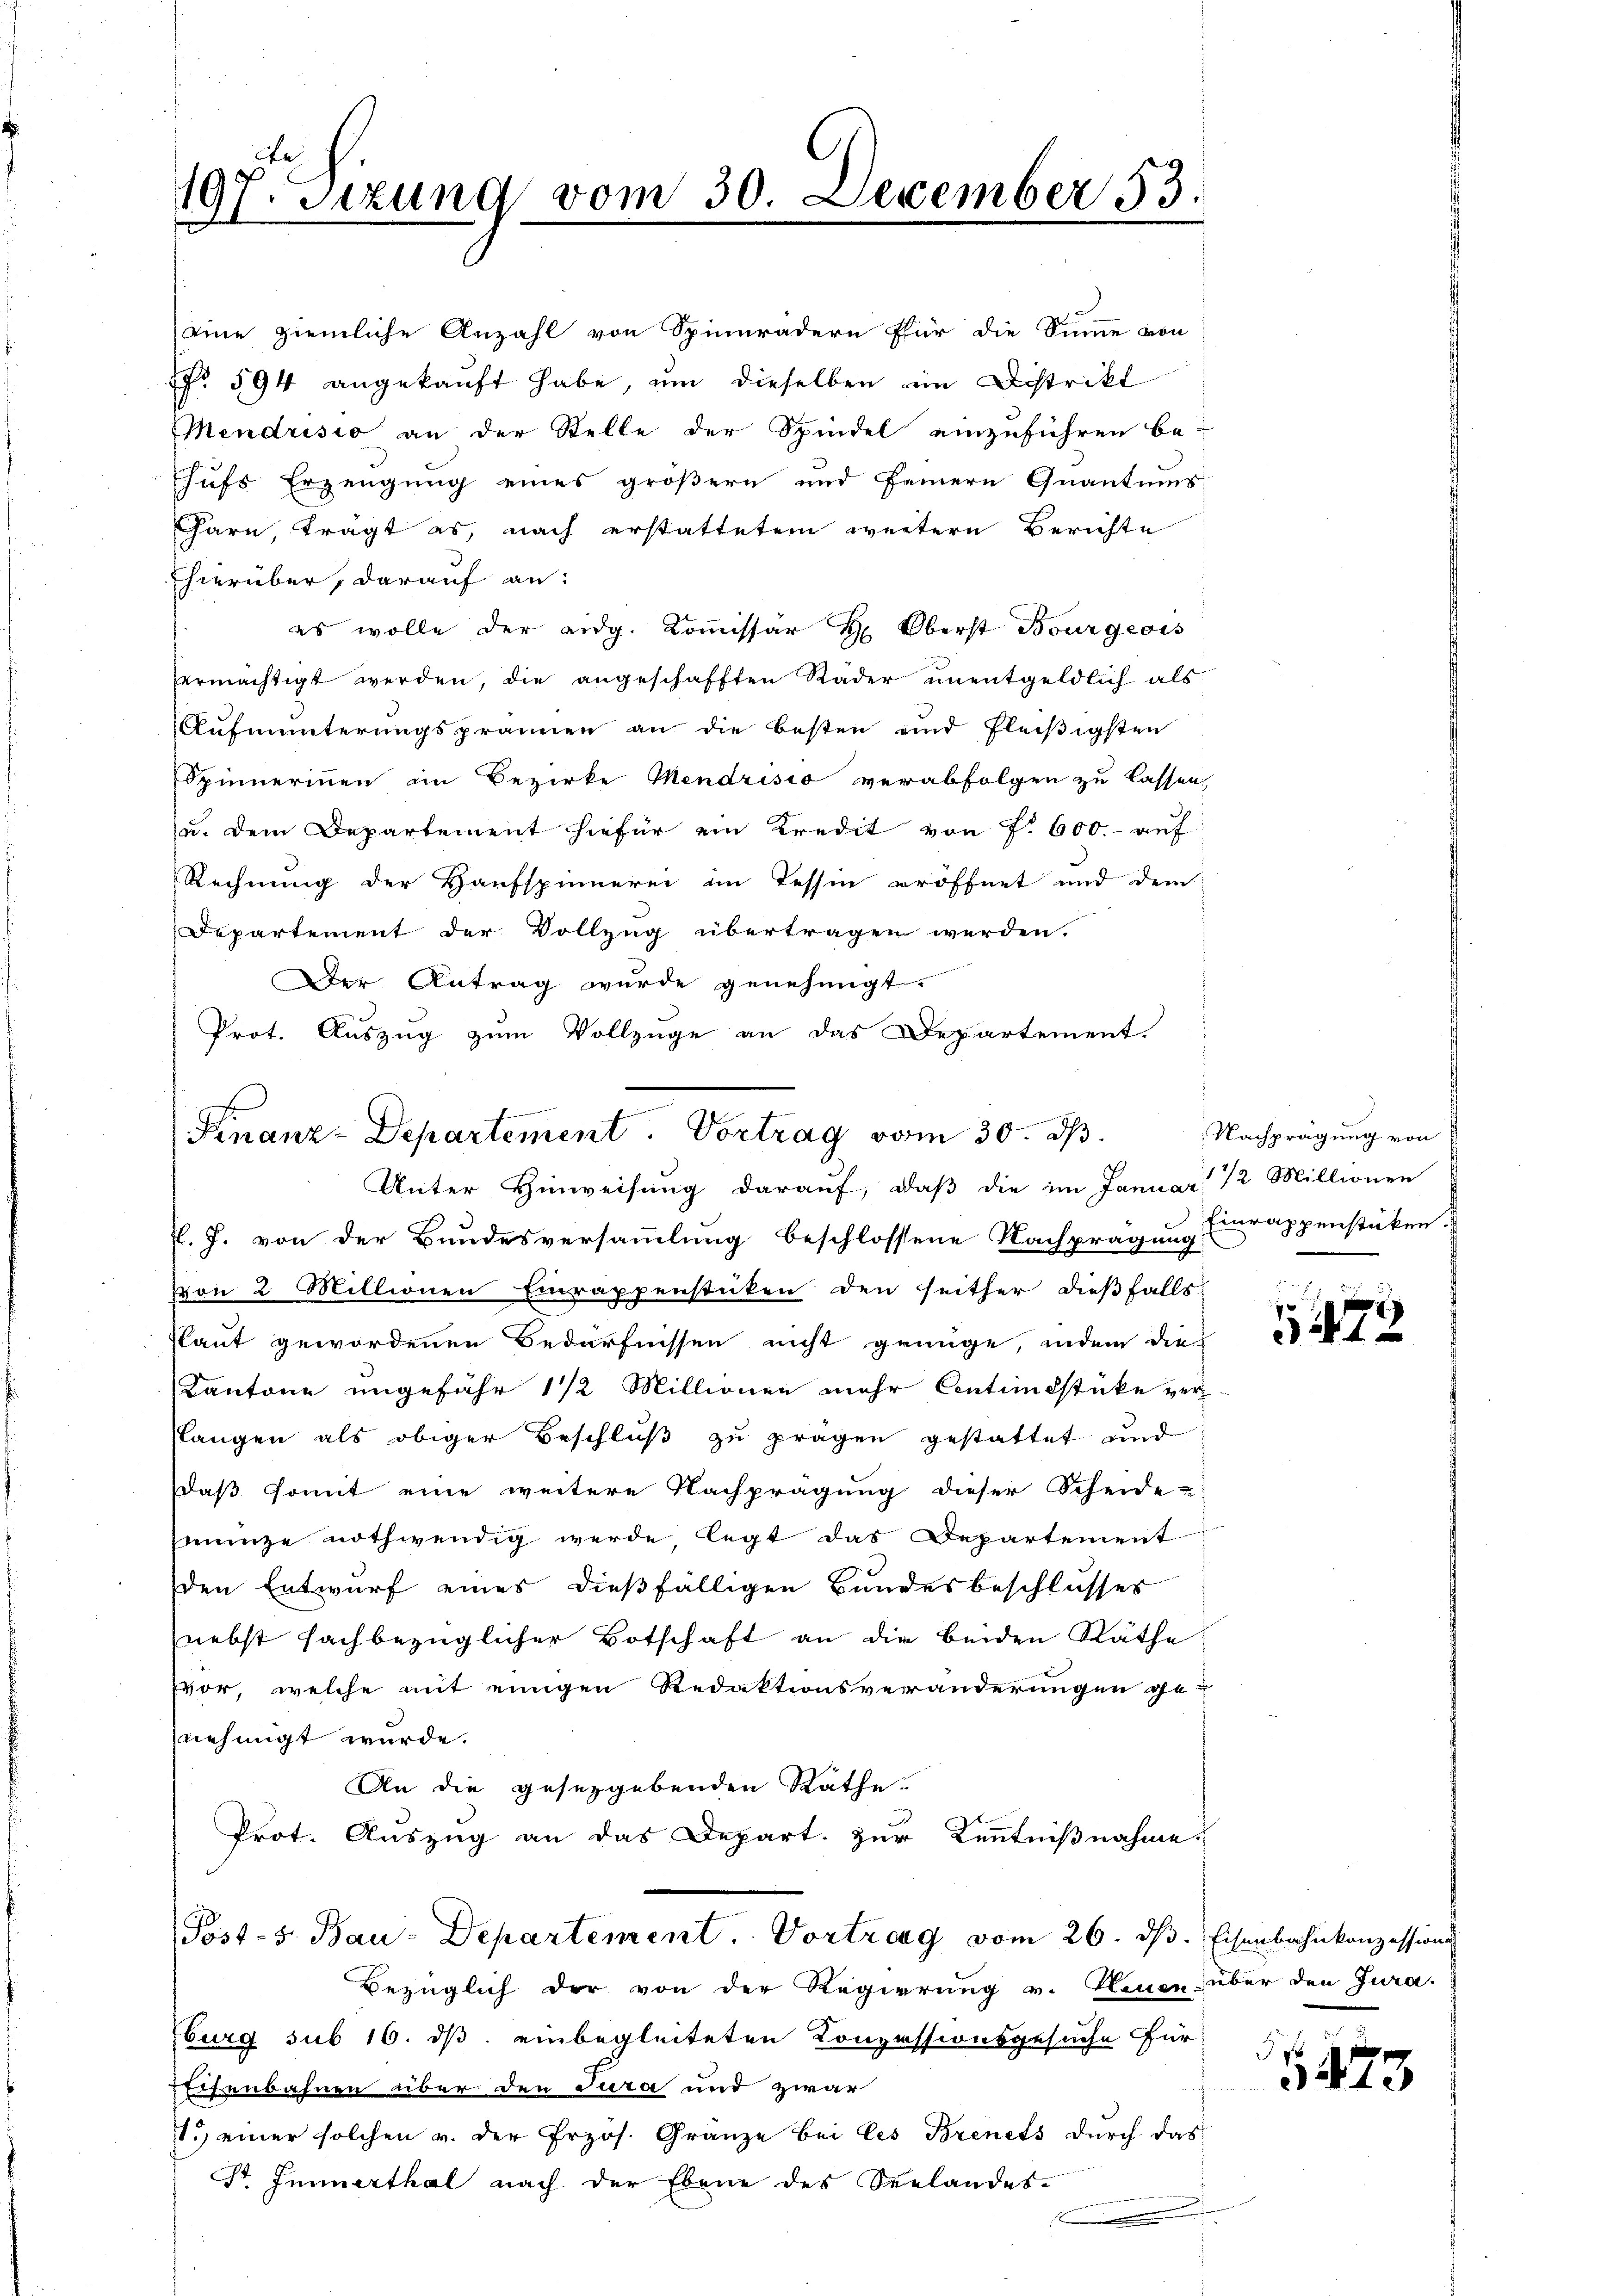
197. Sizung vom 30. December 53.

eine ziemliche Anzahl von Spinnrädern für die Sinne von
No 594 angekauft habe, um dieselben im Distrikt
Mendrisio an der Stelle der Spindel einzuführen be-
hufs Erzeugung eines größern und feinern Quantums
arn trägt es, nach erstattetem weitere Berichte
hierüber, darauf an:
es wolle der eidg. Kommissär H: Oberst Bourgeois
ermächtigt werden, die angeschafften Räder unentgeldlich als
Aufmunterungsprämien an die besten und fleißigsten
Spinnerinnen im Bezirke Mendrisio verabfolgen zu lassen,
u. dem Departement hiefür ein Kredit von f. 600.- auf
Rechnung der Haufspinnerei im Tessin eröffnet und dem
Departement der Vollzug übertragen werden.
Der Antrag wurde genehmigt.
Prot. Auszug zum Vollzüge an das Departement.

Finanz-Departement. Vortrag vom 30. d.
Unter Hinweisung darauf, daß die im Januar 12 Millionen

P. J. von der Bundesversammlung beschlossene Nachprägung
von 2 Millionen Einrappenstüken den seither dießfalls
saut gewordenen Bedürfnissen nicht geinge, indem die
Kantone ungefähr 1/2 Millionen mehr Contindstücke verslangen als obiger Beschluß zu prägen gestattet und
daß somit eine weitere Nachprägung dieser Scheide-
mange nothwendig werde, legt das Departement
den Entwurf eines dießfälligen Bundesbeschlusses
nebst fachbezüglicher Botschaft an die beiden Räthe
fvor, welche mit einigen Redaktionsveränderungen ge-
nehmigt wurde.
An die gesetzgebenden Rathe.
Prot. Auszug an das Depart. zur Kenntnißnahme
Post-S. Bau-Departement. Vortrag vom 26. ds. Eisenbahnkonzessions
Bezüglich der von der Regierung v. Heuen über den Jura.
burg sub 16. ds. einbegleiteten Konzessionsgesuche für
Eisenbahnen über den Jura und zwar
1.) einer solchen v. der Przos. Granze bei les Brenets durch das
Dr. Junerthal nach der Ebene des Verlandes-
x

Nachprägung von
Einrappenstüken.

¬
t

x
473